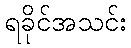
ရခိုင်အသင်း